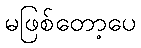
မဖြစ်တော့ပေ